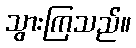
သွားကြသည်။